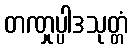
တဏှုပ္ပါဒသုတ္တံ